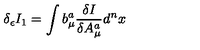
\delta _ { \epsilon } I _ { 1 } = \int b _ { \mu } ^ { a } \frac { \delta I } { \delta A _ { \mu } ^ { a } } d ^ { n } x